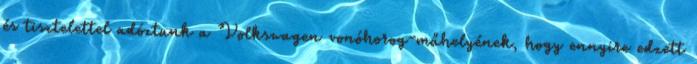
és tisztelettel adóztunk a Volkswagen vonóhorog-műhelyének, hogy ennyire edzett